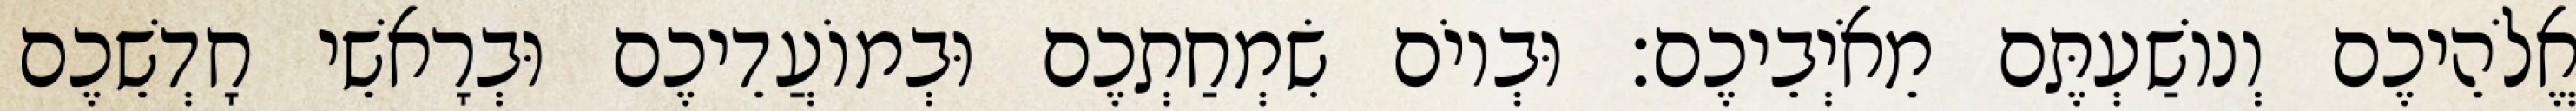
אֱלֹהֵיכֶם וְנוֹשַׁעְתֶּם מֵאֹיְבֵיכֶם׃ וּבְיוֹם שִׂמְחַתְכֶם וּבְמוֹעֲדֵיכֶם וּבְרָאשֵׁי חָדְשֵׁכֶם